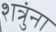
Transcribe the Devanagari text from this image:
शत्रुंना